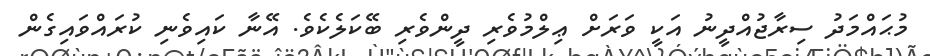
މުޙައްމަދު ސިރާޖުއްދީނު އަކީ ވަރަށް ޢިލްމުވެރި ދީންވެރި ބޭކަލެކެވެ. އޭނާ ކައިވެނި ކުރައްވައިގެން